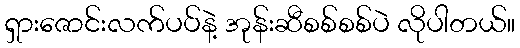
ရှားဇောင်းလက်ပပ်နဲ့ အုန်းဆီစစ်စစ်ပဲ လိုပါတယ်။